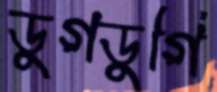
ডুগডুগি